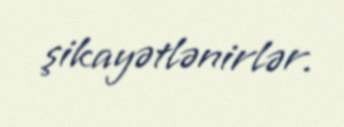
şikayətlənirlər.